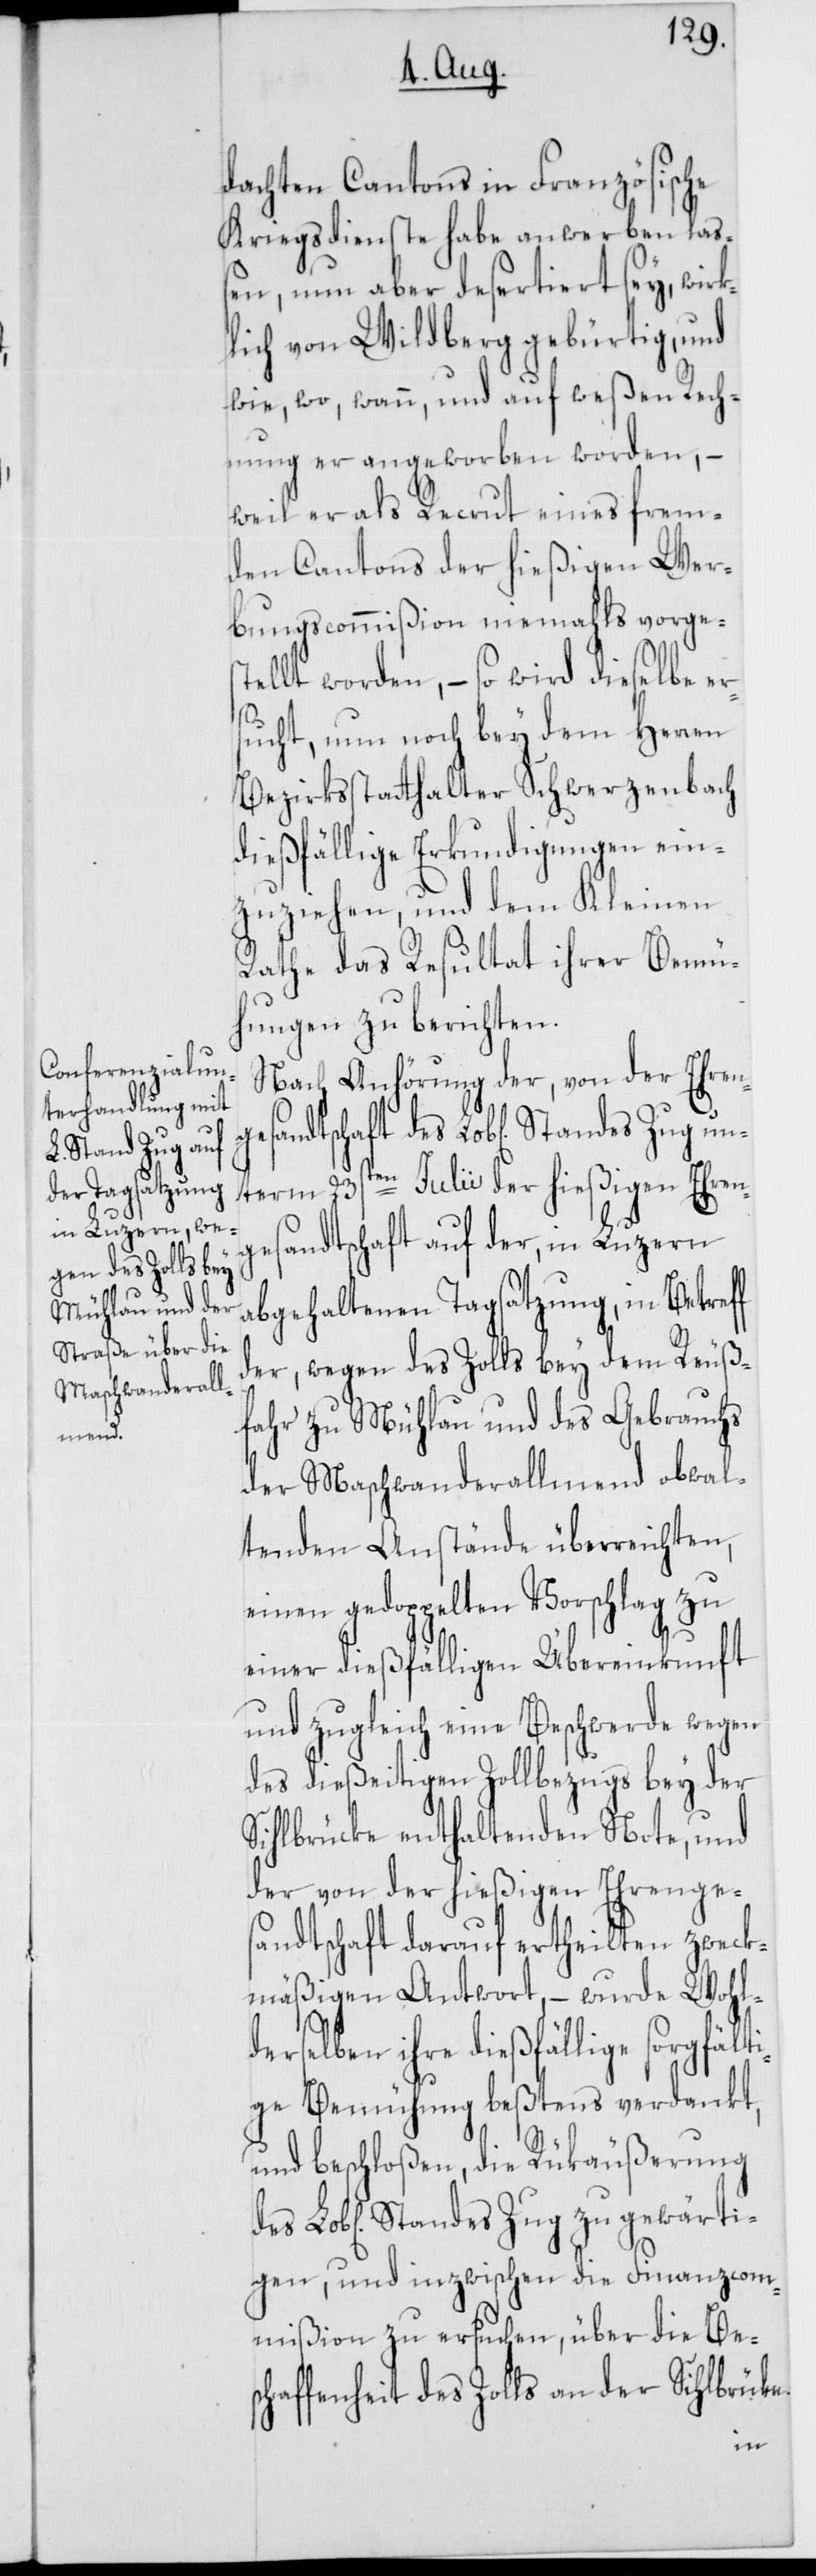
dachten Cantons in Französische
Kriegsdienste habe anwerben laß¬
en, nun aber desertiert sey, wirk¬
lich von Wildberg gebürtig, und
wie, wo, wann, und auf weßen Rech¬
nung er angeworben worden, –
weil er als Recrut eines frem¬
den Cantons der hießigen Wer¬
bungscommißion niemahls vorge¬
ellt worden, – so wird dieselbe e¬
rsucht, um noch bey dem Herren
Bezirksstatthalter Schwerzenbach
dießfällige Erkundigungen ein¬
zuziehen, und dem Kleinen
Rathe das Resultat ihrer Bemü¬
hungen zu berichten.
Nach Anhörung der, von der Ehren¬
gesandtschaft des Lob[lichen] Stande¬
term 23sten Julii der hießigen Ehren¬
gsandtschaft auf der, in Luzern
abgehaltenen Tagsatzung, in Betreff
der, wegen des Zolls bey dem Reuß¬
fahr zu Mühlau und des Gebrauchs
der Maschwanderallmend obwal¬
tenden Anstände überreichten,
einen gedoppelten Vorschlag zu
einer dießfälligen Übereinkunft
und zugleich eine Beschwerde wegen
des dießeitigen Zollbezugs bey der
Sihlbrücke enthaltenden Note, und
der von der hießigen Ehrenge¬
sandtschaft darauf ertheilten zweck¬
mäßigen Antwort, – wurde Wohl¬
s
derselben ihre dießfällige sorgfälti¬
ge Bemühung beßtens verdankt,
und beschloßen, die Rükäußerung
igen, und inzwischen die Finanzcom¬
mißion zu ersuchen, über die Be¬
schaffenheit des Zolls an der Sihlbrüke
gewärt¬